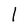
Character: l